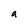
Character: a